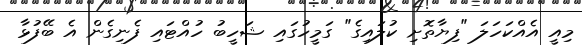
މިއީ އެއްކަހަލަ "ފިޔާތޮށި ކުލައިގެ" ގަމީހުގައި ޝަހީބު ހުއްޓައި ފެނިގެން އެ ބޭފުޅާ